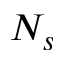
N _ { s }